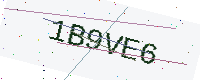
Text: 1B9VE6